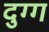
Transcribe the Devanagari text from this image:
दुग्ग